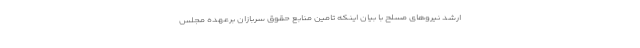
ارشد نیروهای مسلح با بیان اینکه تامین منابع حقوق سربازان برعهده مجلس